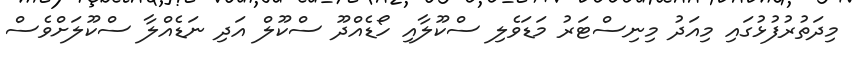
މިދަތުރުފުޅުގައި މިއަދު މިނިސްޓަރު މަޑަވެލި ސްކޫލާއި ހޯޑެއްދޫ ސްކޫލް އަދި ނަޑެއްލާ ސްކޫލަށްވެސް